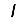
Digit: 1